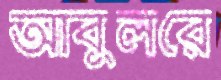
আবুলরে